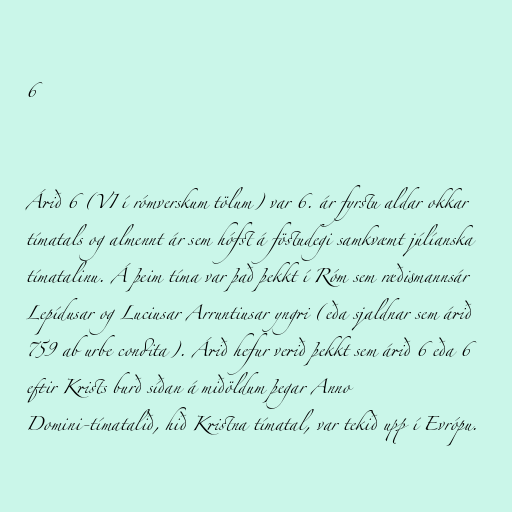
6

Árið 6 (VI í rómverskum tölum) var 6. ár fyrstu aldar okkar
tímatals og almennt ár sem hófst á föstudegi samkvæmt júlíanska
tímatalinu. Á þeim tíma var það þekkt í Róm sem ræðismannsár
Lepídusar og Luciusar Arruntiusar yngri (eða sjaldnar sem árið
759 ab urbe condita). Árið hefur verið þekkt sem árið 6 eða 6
eftir Krists burð síðan á miðöldum þegar Anno
Domini-tímatalið, hið Kristna tímatal, var tekið upp í Evrópu.